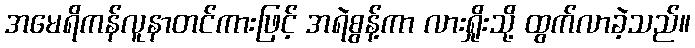
အမေရိကန်လူနာတင်ကားဖြင့် အရဲစွန့်ကာ လားရှိုးသို့ ထွက်လာခဲ့သည်။